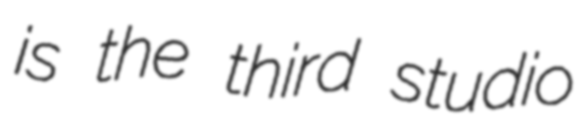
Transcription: is the third studio